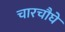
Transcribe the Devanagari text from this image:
चारचौघे